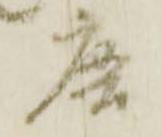
唐